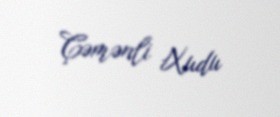
Çəmənli Xudu